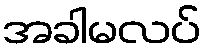
အခါမလပ်